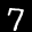
Label: 7